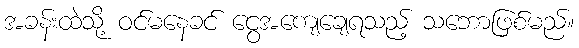
အခန်းထဲသို့ ဝင်မနေခင် ငွေအကျေချေရသည့် သဘောဖြစ်မည်။